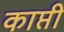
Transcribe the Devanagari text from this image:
काप्ती